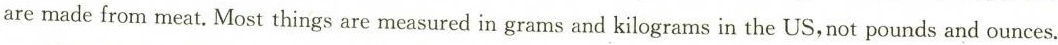
are made from meat, Most things are measured in grams and kilograms in the US, not pounds and ounces.